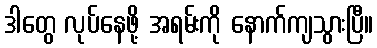
ဒါတွေ လုပ်နေဖို့ အရမ်းကို နောက်ကျသွားပြီ။